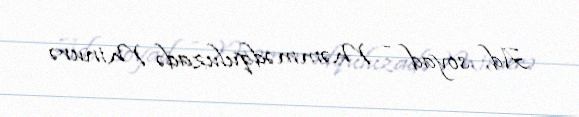
Ad, soyad - Məmmədquluzadə Minurə